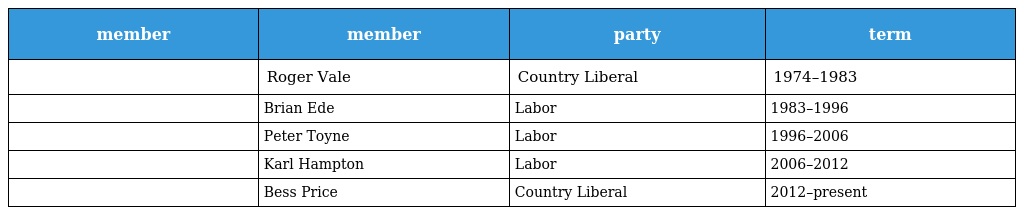
| member | member | party | term |
 | --- | --- | --- | --- |
 |  | Roger Vale | Country Liberal | 1974–1983 |
 |  | Brian Ede | Labor | 1983–1996 |
 |  | Peter Toyne | Labor | 1996–2006 |
 |  | Karl Hampton | Labor | 2006–2012 |
 |  | Bess Price | Country Liberal | 2012–present |